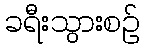
ခရီးသွားစဉ်